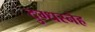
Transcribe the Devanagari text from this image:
दुग्धस्नेह